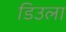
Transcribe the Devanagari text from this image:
डिउला